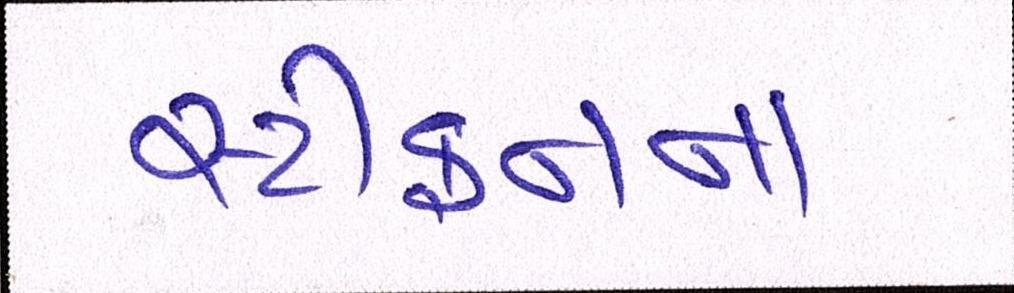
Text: સ્ટીફનના